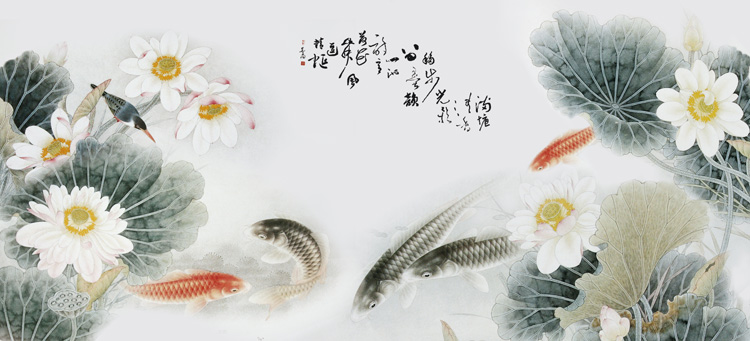
岂知民力艰，颗米皆琳琅。